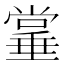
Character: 𫵌